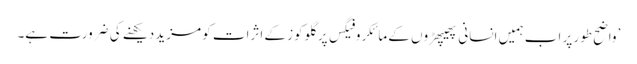
’واضح طور پر اب ہمیں انسانی پھیپھڑوں کے مائکروفیگس پر گلوکوز کے اثرات کو مزید دیکھنے کی ضرورت ہے۔